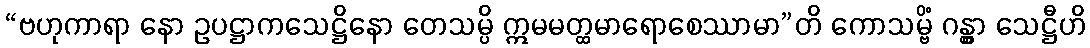
“ဗဟုကာရာ နော ဥပဋ္ဌာကသေဋ္ဌိနော တေသမ္ပိ ဣမမတ္ထမာရောစေဿာမာ”တိ ကောသမ္ဗိံ ဂန္တွာ သေဋ္ဌီဟိ